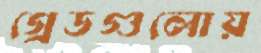
গ্রেডগুলোয়